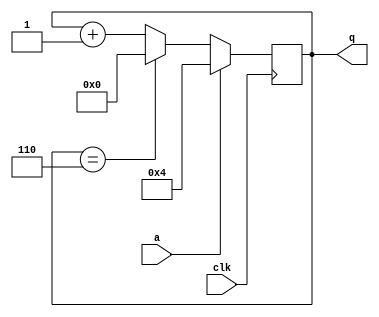
module top_module (
    input clk,
    input a,
    output [3:0] q );
    
    wire [3:0] cnt;
    
    always @(posedge clk)
        cnt <= a? 4'h4 : ((cnt == 4'h6)? 4'h0 : (cnt + 4'h1));
    
    assign q = cnt;

endmodule